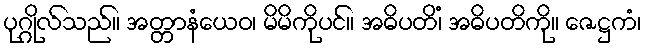
ပုဂ္ဂိုလ်သည်။ အတ္တာနံယေဝ၊ မိမိကိုပင်။ အဓိပတိံ၊ အဓိပတိကို။ ဇေဋ္ဌကံ၊